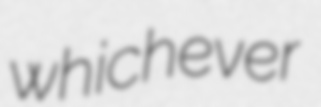
whichever